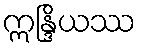
ဣန္ဒြိယဿ